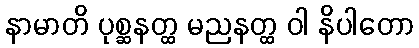
နာမာတိ ပုစ္ဆနတ္ထ မညနတ္ထ ဝါ နိပါတော